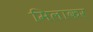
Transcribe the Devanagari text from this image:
मिलाकर